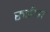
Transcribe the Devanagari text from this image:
रुईचा